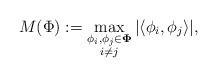
LaTeX: \begin{align*} M(\Phi) := \max_{\substack{\phi_i, \phi_j \in \mathbf{\Phi} \\ i \neq j}} | \langle \phi_i, \phi_j \rangle |, \end{align*}